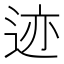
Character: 迹